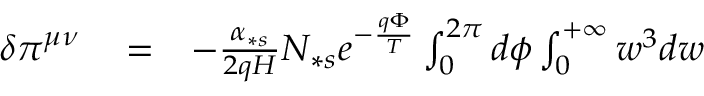
\begin{array} { r l r } { \delta \pi ^ { \mu \nu } } & { { } = } & { - \frac { \alpha _ { \ast s } } { 2 q H } N _ { \ast s } e ^ { - \frac { q \Phi } { T } } \int _ { 0 } ^ { 2 \pi } d \phi \int _ { 0 } ^ { + \infty } w ^ { 3 } d w } \end{array}